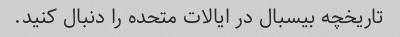
تاریخچه بیسبال در ایالات متحده را دنبال کنید.